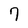
Character: 7